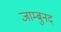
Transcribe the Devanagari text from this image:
जाम्बुनद